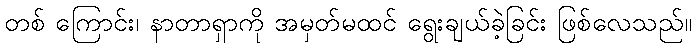
တစ် ကြောင်း၊ နာတာရှာကို အမှတ်မထင် ရွေးချယ်ခဲ့ခြင်း ဖြစ်လေသည်။